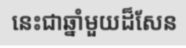
នេះជាឆ្នាំមួយដ៏សែន